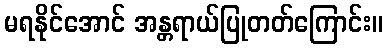
မရနိုင်အောင် အန္တရာယ်ပြုတတ်ကြောင်း။